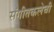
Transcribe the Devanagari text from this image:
संगीतकलेची